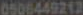
0506449212